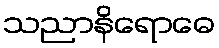
သညာနိရောဓေ